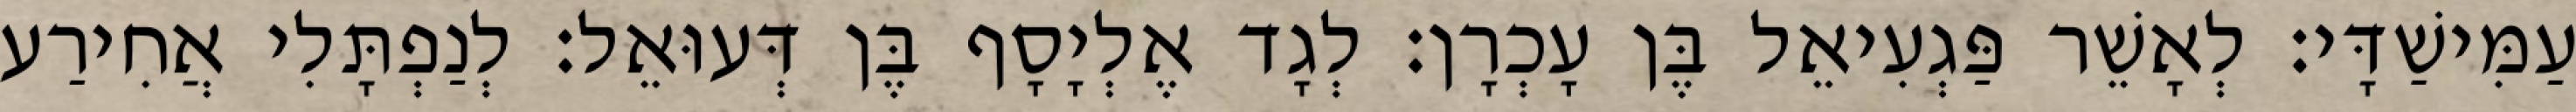
עַמִּישַׁדָּי׃ לְאָשֵׁר פַּגְעִיאֵל בֶּן עָכְרָן׃ לְגָד אֶלְיָסָף בֶּן דְּעוּאֵל׃ לְנַפְתָּלִי אֲחִירַע